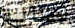
لصالة